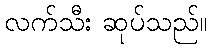
လက်သီး ဆုပ်သည်။